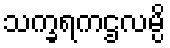
သက္ခရကဌလမ္ပိ